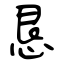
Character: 恳